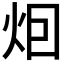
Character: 𤇆